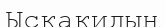
Ысқақидың